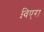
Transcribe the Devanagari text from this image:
विएरा